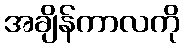
အချိန်ကာလကို